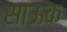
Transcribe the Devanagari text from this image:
साऊक